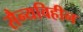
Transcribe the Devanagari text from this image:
सैन्यविहीन